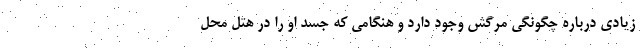
زیادی درباره چگونگی مرگش وجود دارد و هنگامی که جسد او را در هتل محل